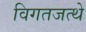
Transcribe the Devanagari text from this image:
विगतजत्थे